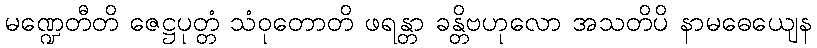
မဏ္ဍေတီတိ ဇေဋ္ဌပုတ္တံ သံဝုတောတိ ဖရန္တာ ခန္တိဗဟုလော အသတိပိ နာမဓေယျေန